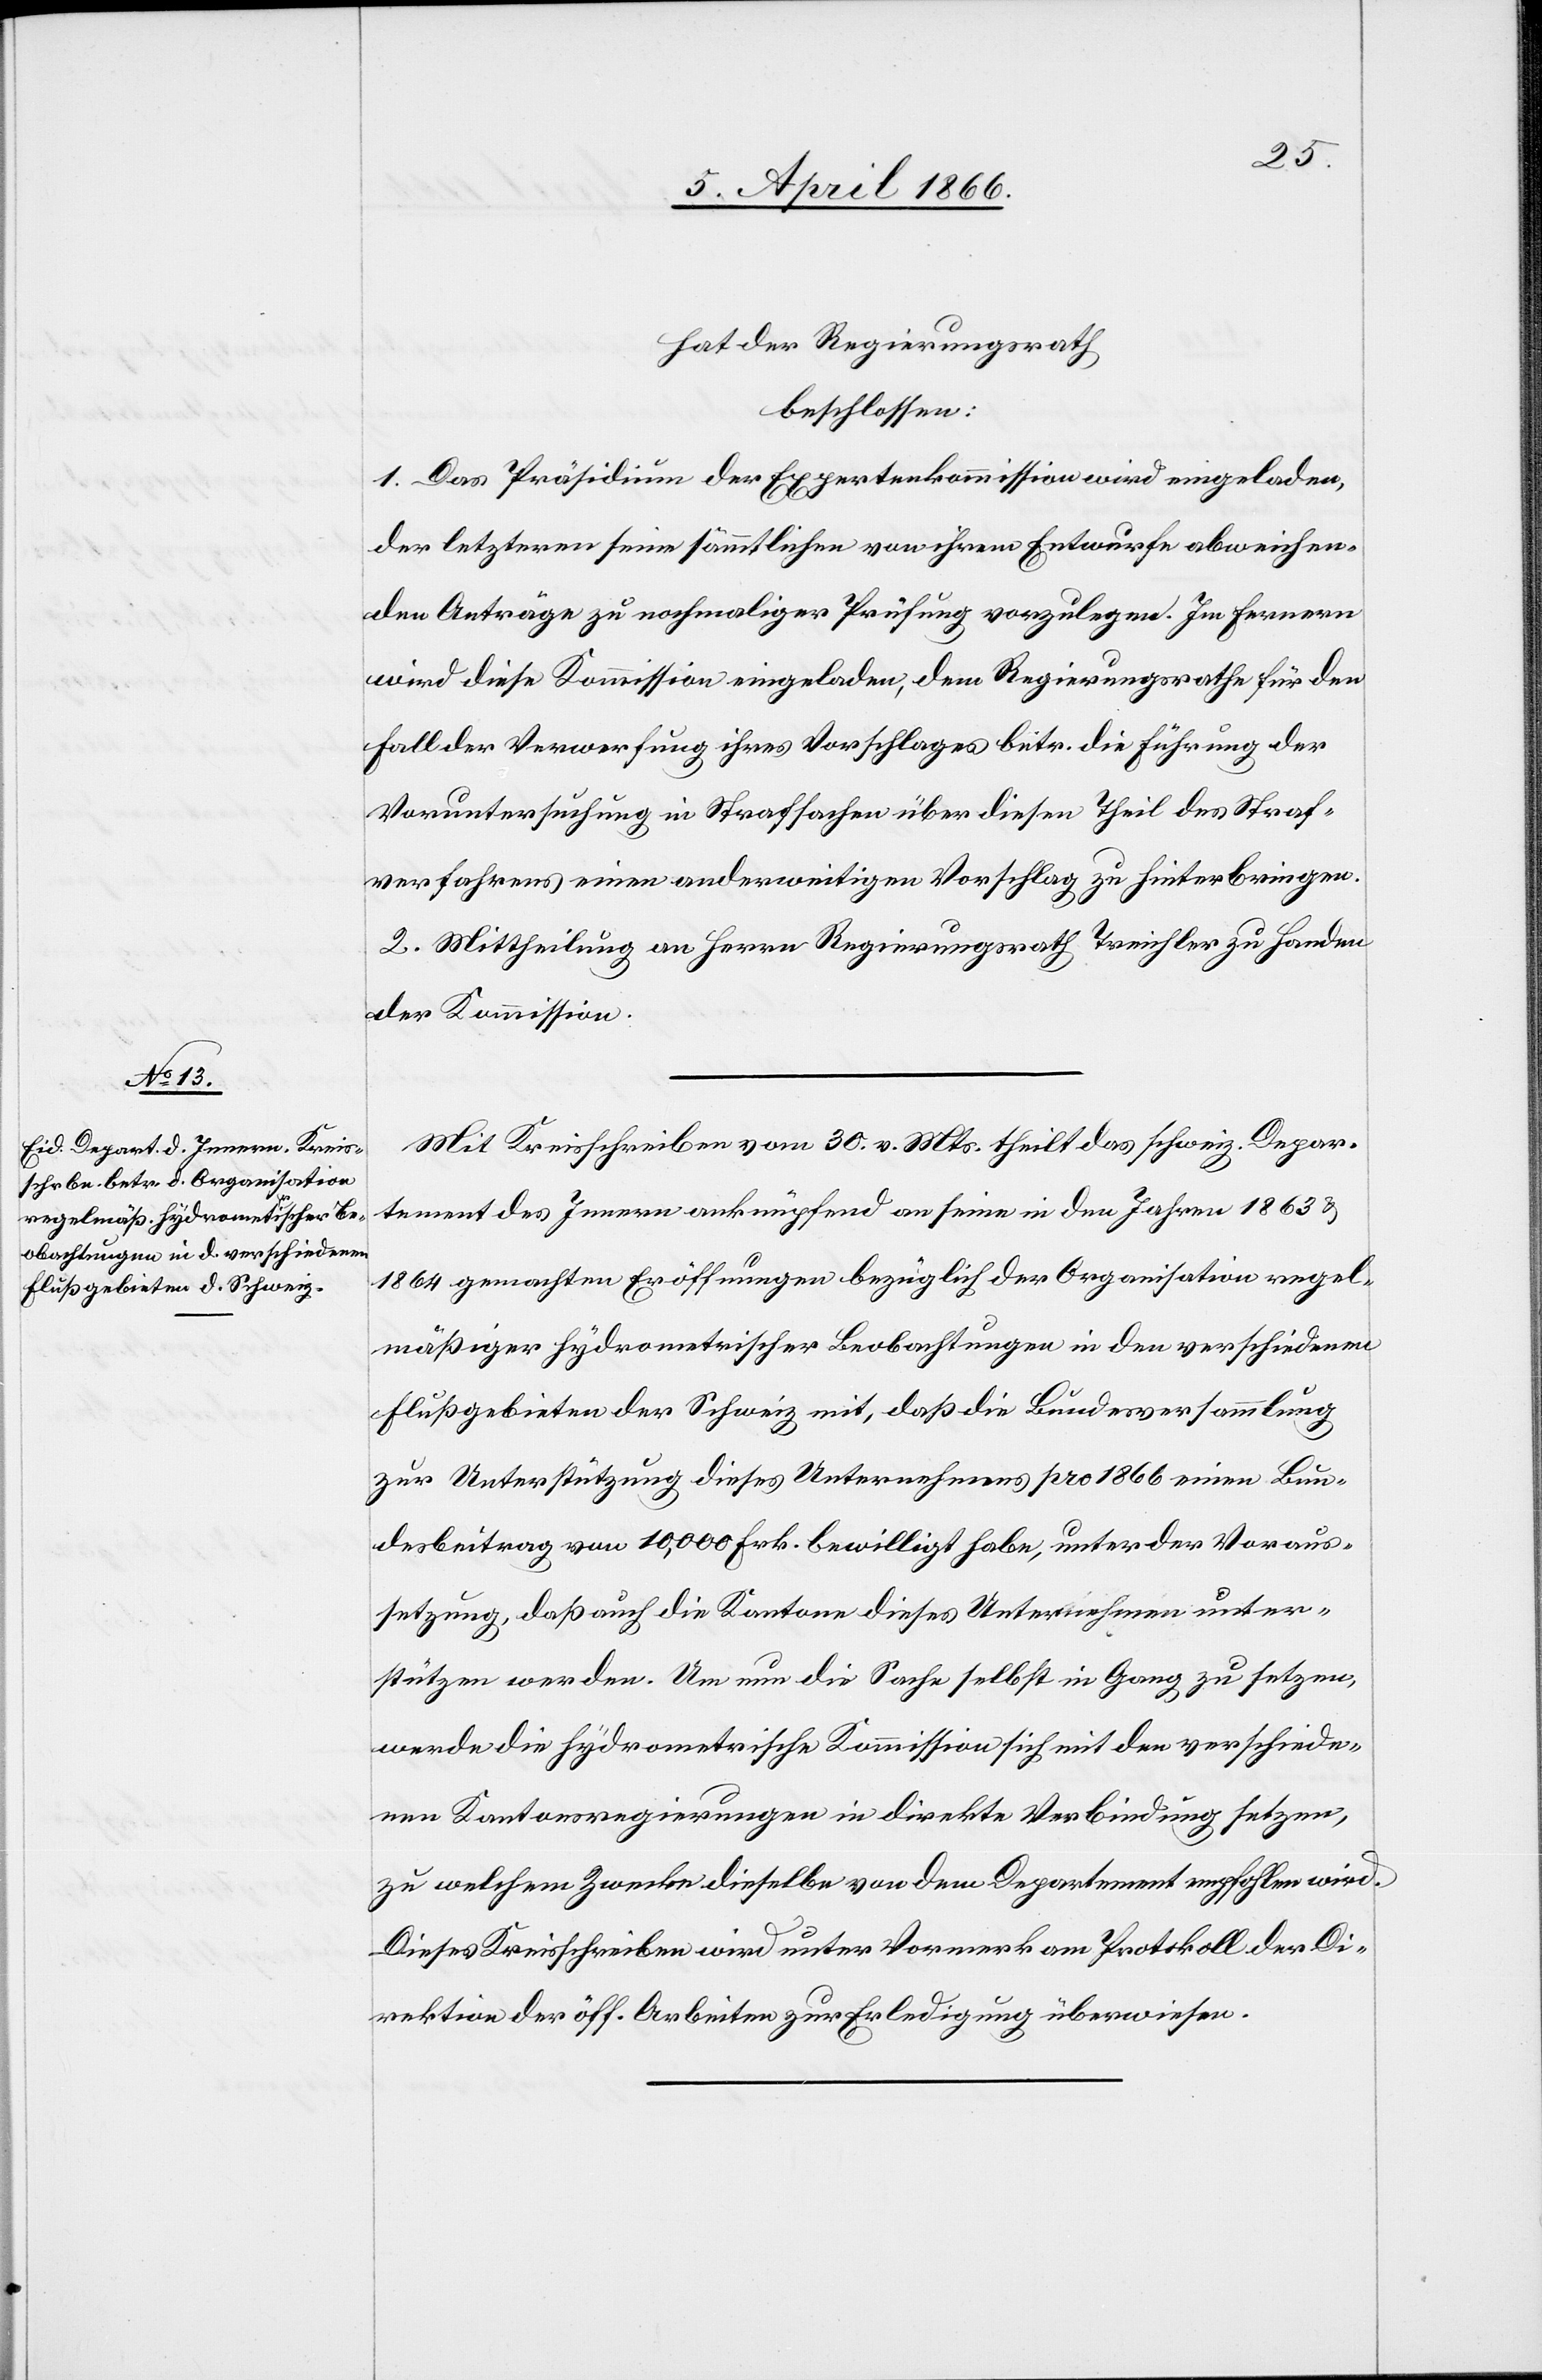
hat der Regierungsrath,
beschlossen:
1. Das Präsidium der Expertenkommission wird eingeladen,
der letztern seine sämmtlichen von ihrem Entwurfe abweichen¬
den Anträge zu nochmaliger Prüfung vorzulegen. Im Fernern
wird diese Kommission eingeladen, dem Regierungsrathe für den
Fall der Verwerfung ihres Vorschlages betr. die Führung der
Voruntersuchung in Strafsachen über diesen Theil des Straf¬
verfahrens einen anderweitigen Vorschlag zu hinterbringen.
2. Mittheilung an Herrn Regierungsrath Treichler zu Handen
der Kommission.
Mit Kreisschreiben vom 30. v. Mts. theilt das schweiz. Depar¬
tement des Innern anknüpfend an seine in den Jahren 1863 u.
1864 gemachten Eröffnungen bezüglich der Organisation regel¬
mäßiger hydrometrischer Beobachtungen in den verschiedenen
Flußgebieten der Schweiz mit, daß die Bundesversammlung
zur Unterstützung dieses Unternehmens pro 1866 einen Bun¬
desbeitrag von 10 000 Frk. bewilligt habe, unter der Voraus¬
setzung, daß auch die Kantone dieses Unternehmen unter¬
stützen werden. Um nun die Sache selbst in Gang zu setzen,
werde die hydrometrische Kommission sich mit den verschiede¬
nen Kantonsregierungen in direkte Verbindung setzen,
zu welchem Zwecke dieselbe von dem Departement empfohlen wird.
Dieses Kreisschreiben wird unter Vormerk am Protokoll der Di¬
rektion der öff. Arbeiten zur Erledigung überwiesen.